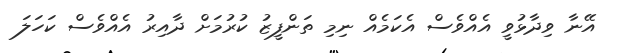
އޭނާ ވިދާޅުވީ އެއްވެސް އެކަމެއް ނިމި ތަންފީޒު ކުރުމަށް ދާއިރު އެއްވެސް ކަހަލަ